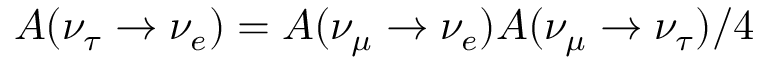
A ( \nu _ { \tau } \rightarrow \nu _ { e } ) = A ( \nu _ { \mu } \rightarrow \nu _ { e } ) A ( \nu _ { \mu } \rightarrow \nu _ { \tau } ) / 4